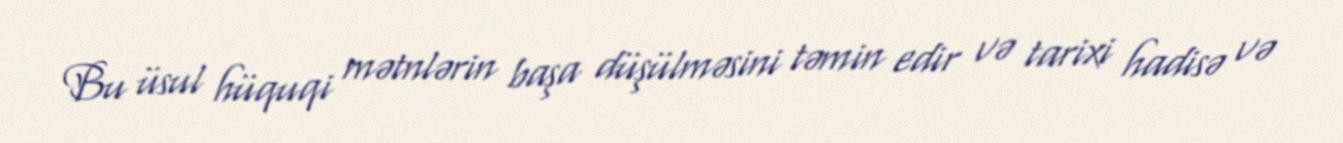
Bu üsul hüquqi mətnlərin başa düşülməsini təmin edir və tarixi hadisə və